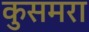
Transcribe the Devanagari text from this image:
कुसमरा